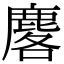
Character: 𪊲